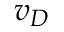
v _ { D }